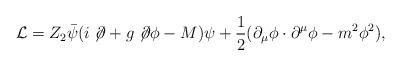
LaTeX: \begin{align*}{\cal L}=Z_2\bar{\psi}(i \not \!\partial + g \not \!\partial \phi - M)\psi+\frac{1}{2}(\partial_{\mu}\phi \cdot \partial^{\mu} \phi - m^2\phi^2), \end{align*}